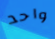
واحد